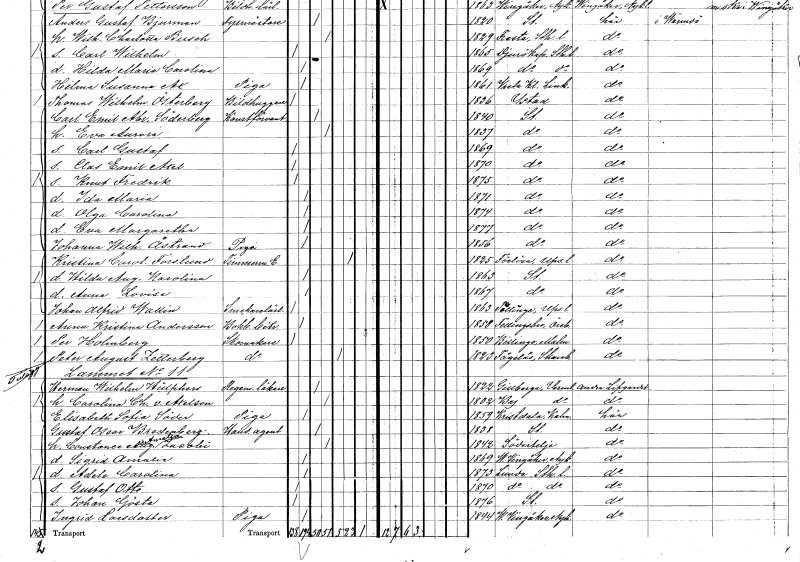
gt_parse: households: individuals: FN: Ida Maria
KON: K
CIV: O
FODAR: 1871
FODFORS: Stockholm
FN: Olga Carolina
KON: K
CIV: O
FODAR: 1874
FODFORS: Stockholm
FN: Eva Margaretha
KON: K
CIV: O
FODAR: 1877
FODFORS: Stockholm
FN: Johanna Wilhelmina
EN: Åstrand
YRKE: Piga
KON: K
CIV: O
FODAR: 1856
FODFORS: Stockholm
FN: Kristina Carolina
EN: Forslund
YRKE: Timmermansänka
KON: K
CIV: E
FODAR: 1825
FODFORS: Förlösa Kalmar län
FN: Hilda Augusta Karolina
KON: K
CIV: O
FODAR: 1863
FODFORS: Stockholm
FN: Anna Lovisa
KON: K
CIV: O
FODAR: 1867
FODFORS: Stockholm
FN: Johan Alfrid
EN: Wallin
YRKE: Snickarelärling
KON: M
CIV: O
FODAR: 1863
FODFORS: Tillinge Uppsala län
FN: Anna Kristina
EN: Andersson
YRKE: Bokbinderibiträde
KON: K
CIV: O
FODAR: 1858
FODFORS: Fellingsbro Örebro län
FN: Per
EN: Holmberg
YRKE: Skomakare
KON: M
CIV: O
FODAR: 1850
FODFORS: Billinge Malmöhus län
FN: Peter August
EN: Zetterberg
YRKE: Skomakare
KON: M
CIV: E
FODAR: 1823
FODFORS: Fågelås Skaraborgs län
FN: Herman Wilhelm
EN: Hülphers
YRKE: Regementsläkare
KON: M
CIV: G
FODAR: 1822
FODFORS: Gillberga Värmlands län
FN: Carolina Charlotta
EN: v. Axelson
KON: K
CIV: G
FODAR: 1802
FODFORS: By Värmlands län
FN: Elisabeth Sofia
EN: Söder
YRKE: Piga
KON: K
CIV: O
FODAR: 1859
FODFORS: Kristdala Kalmar län
FN: Gustaf Oscar
EN: Bredenberg
YRKE: Handelsagent
KON: M
CIV: G
FODAR: 1838
FODFORS: Stockholm
FN: Constance Augusta Amalia
EN: Jaeobi
KON: K
CIV: G
FODAR: 1842
FODFORS: Södertälje Stockholms län
FN: Sigrid Amalia
KON: K
CIV: O
FODAR: 1869
FODFORS: Västra Vingåker Södermanlands län
FN: Adele Carolina
KON: K
CIV: O
FODAR: 1873
FODFORS: Lunda Stockholms län
FN: Gustaf Otto
KON: M
CIV: O
FODAR: 1870
FODFORS: Lunda Stockholms län
FN: Johan Gösta
KON: M
CIV: O
FODAR: 1876
FODFORS: Stockholm
FN: Ingrid
EN: Larsdotter
YRKE: Piga
KON: K
CIV: O
FODAR: 1844
FODFORS: Västra Vingåker Södermanlands län